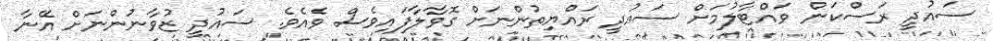
ސައުދީ ރަސްކަން ވައްޓާލުމަށް ސައުދީ ރައްޔިތުންނަށް ގޮވާލާފައިވެސް ވެއެވެ. ސައުދީ ޒުވާނުންނަށް އޭނާ